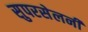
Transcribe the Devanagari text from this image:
सुपरसेलनी